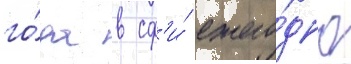
го́да в сф'и́ ежего́дно